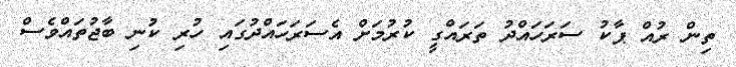
ތިން ރުއް ޕާކު ސަރަހައްދު ތަރައްގީ ކުރުމަށް އެސަރަހައްދުގައި ހުރި ކުނި ބާޖުތައްވެސް